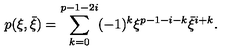
p ( \xi , \bar { \xi } ) = \sum _ { k = 0 } ^ { p - 1 - 2 i } ( - 1 ) ^ { k } \xi ^ { p - 1 - i - k } \bar { \xi } ^ { i + k } .